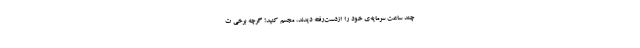
چند ساعت سرمایه‌ی خود را ازدست‌رفته دیدند، مجسم کنید! گرچه برخی ت